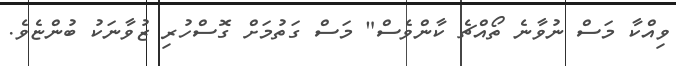
ވިއްކާ މަސް ނުވާނެ ތޯއްޗެ ކާންވެސް" މަސް ގަތުމަށް ގޮސްހުރި ޒުވާނަކު ބުންޏެެވެ.